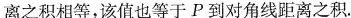
离之积相等，该值也等于P到对角线距离之积.